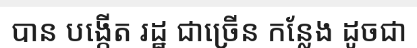
បាន បង្កើត រដ្ឋ ជាច្រើន កន្លែង ដូចជា